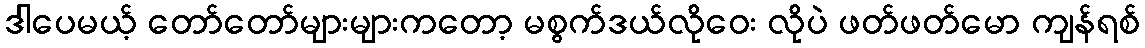
ဒါပေမယ့် တော်တော်များများကတော့ မစွက်ဒယ်လိုဝေး လိုပဲ ဖတ်ဖတ်မော ကျန်ရစ်